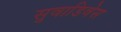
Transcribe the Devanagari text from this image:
सुवाडिवेस